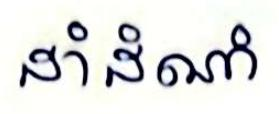
ដាំដំណាំ